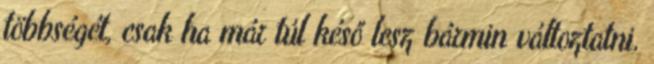
többségét, csak ha már túl késő lesz bármin változtatni,